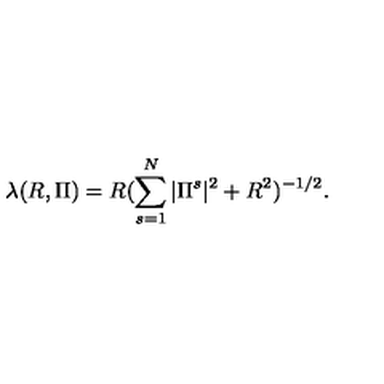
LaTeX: \lambda ( R , \Pi ) = R ( \sum _ { s = 1 } ^ { N } | \Pi ^ { s } | ^ { 2 } + R ^ { 2 } ) ^ { - 1 / 2 } .